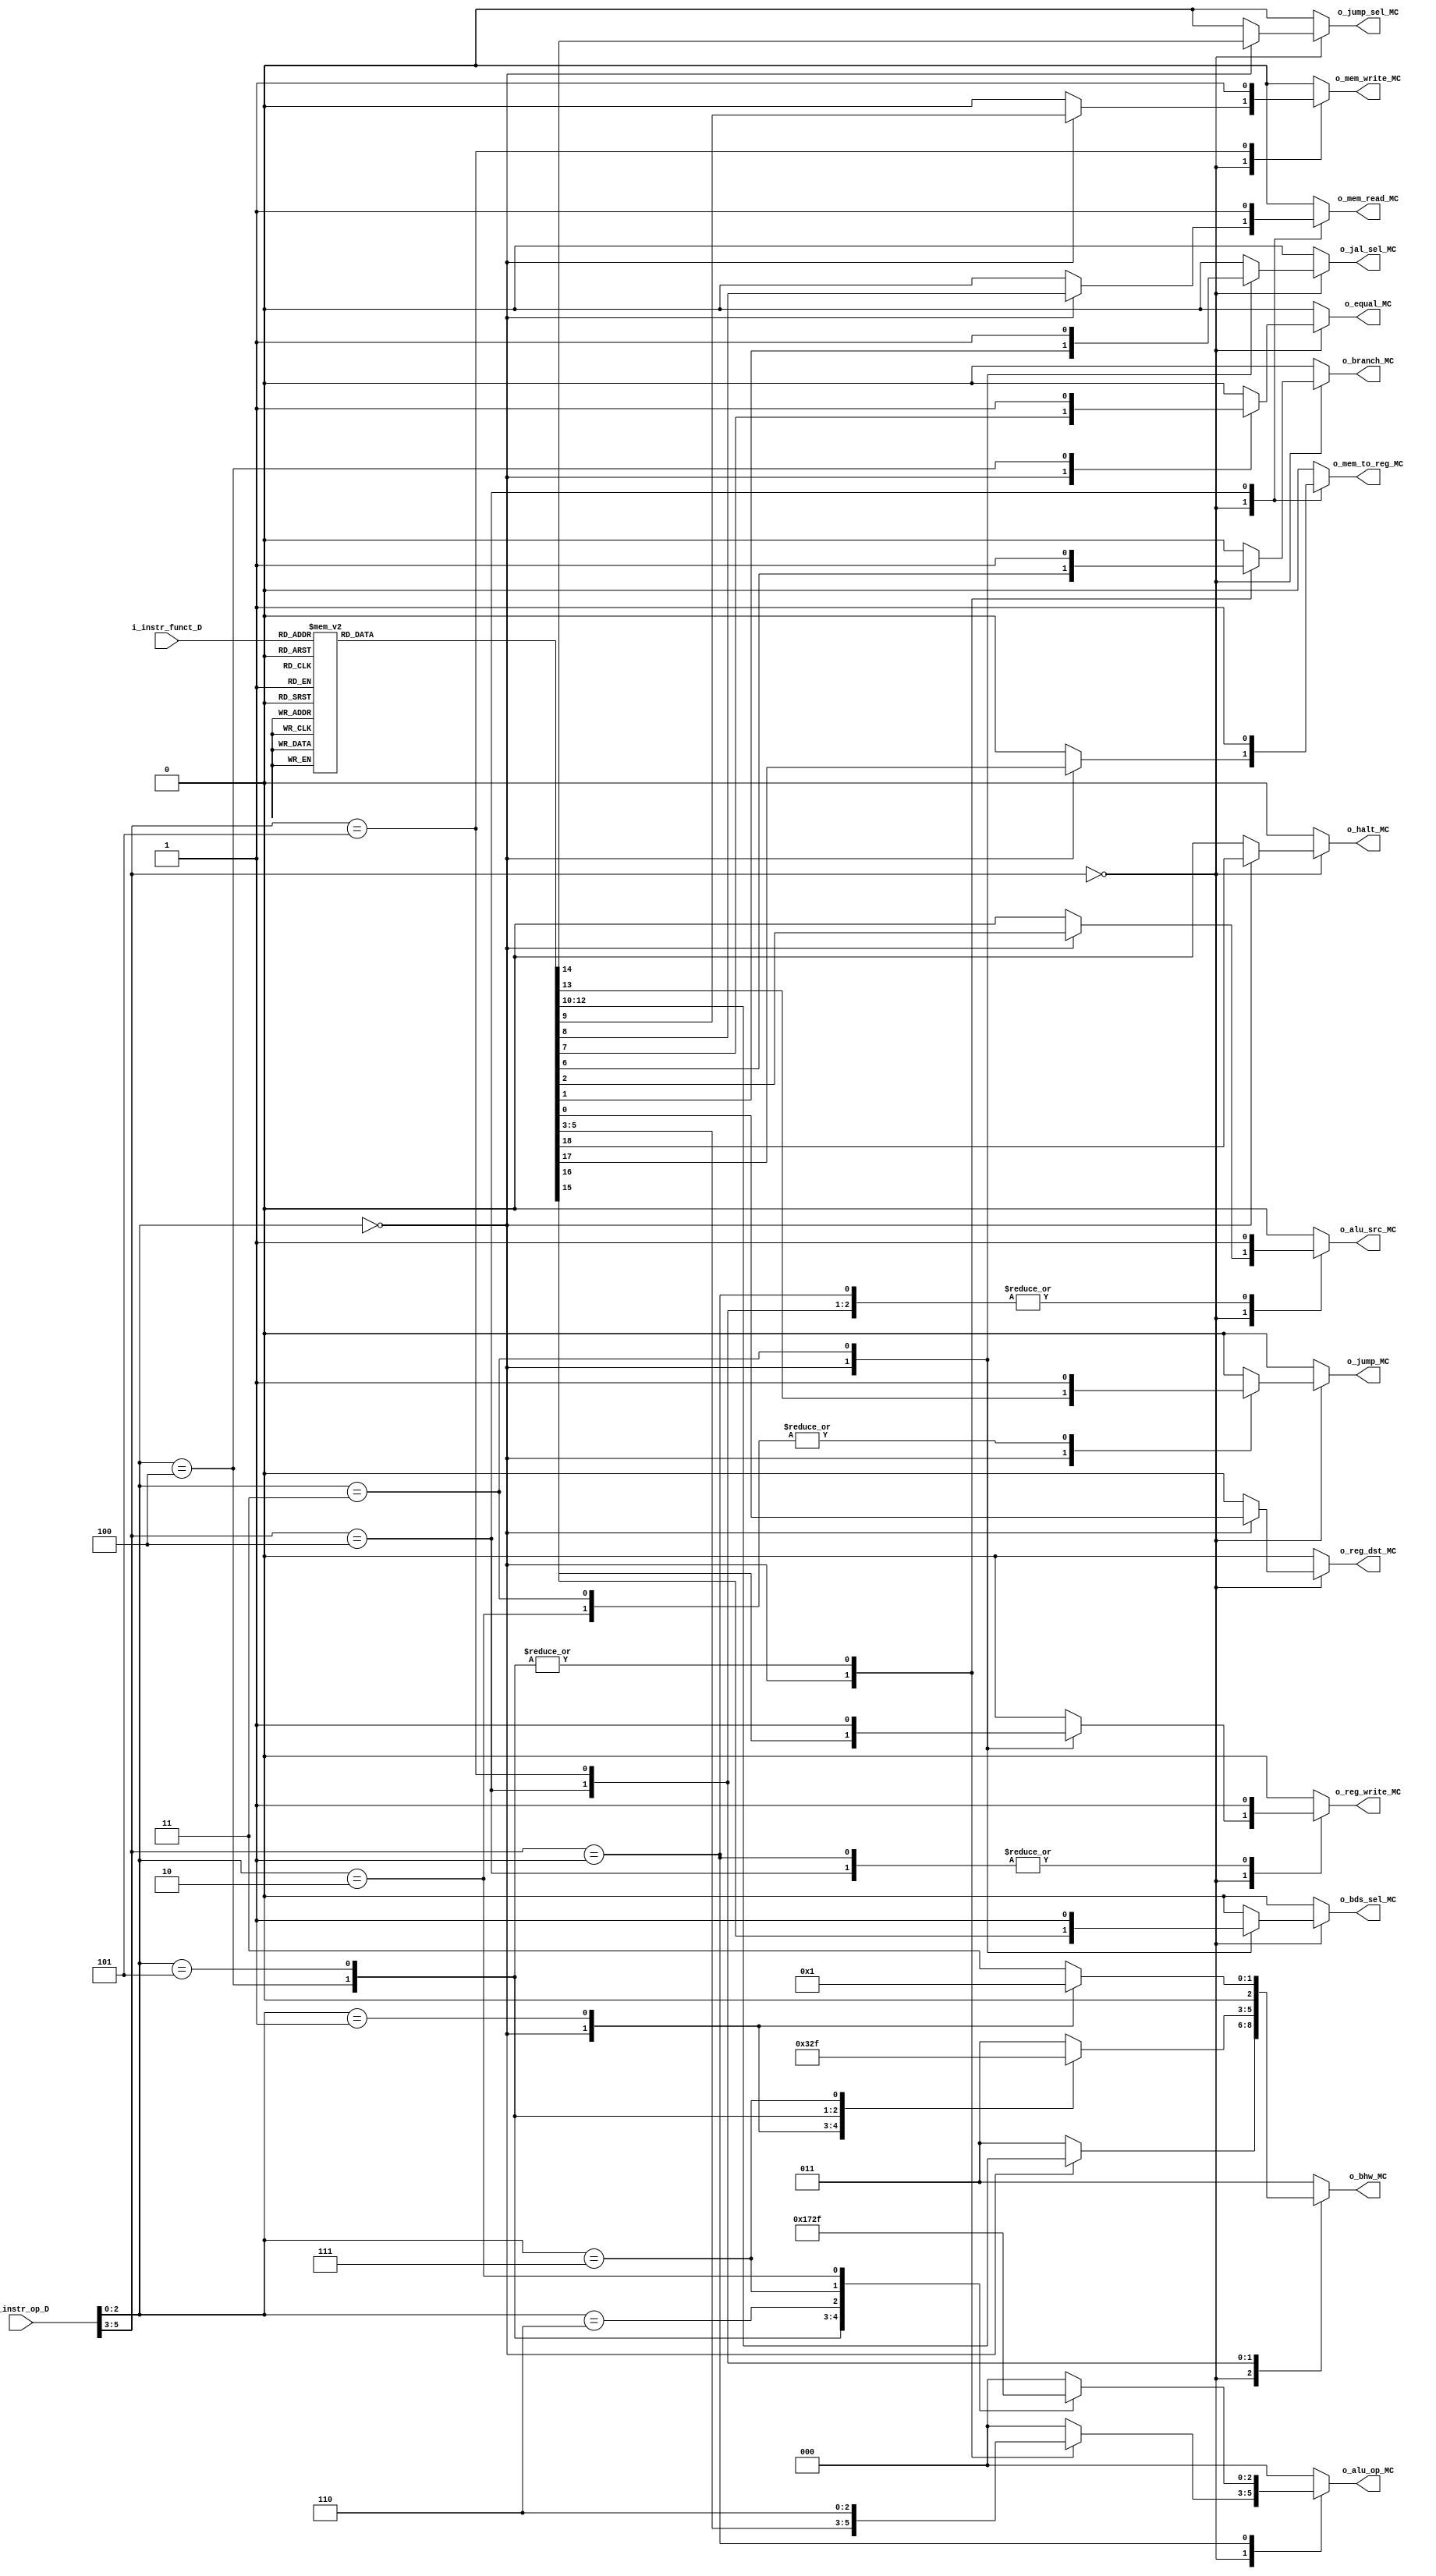
/**

**/

module MainControlUnit
    #(
        // Parameters
        parameter OPCODE_SZ     =   6,
        parameter FUNCT_SZ      =   6
    )
    (
        // Inputs
        input [OPCODE_SZ-1 : 0]         i_instr_op_D,               // Instruction Op Code -> inst[31:26]
        input [FUNCT_SZ-1 : 0]          i_instr_funct_D,            // Instruction Function -> inst[5:0]
        // Output
        output [2 : 0]                  o_alu_op_MC,                // ALUOp Control Line
        output                          o_reg_dst_MC,               // RegDst Control Line
        output                          o_jal_sel_MC,               // JALSel Control Line
        output                          o_alu_src_MC,               // ALUSrc Control Line
        output                          o_branch_MC,                // Branch Control Line
        output                          o_equal_MC,                 // Equal Control Line
        output                          o_mem_read_MC,              // MemRead Control Line
        output                          o_mem_write_MC,             // MemWrite Control Line
        output [2 : 0]                  o_bhw_MC,                   // Memory Size Control Line
        output                          o_jump_MC,                  // Jump Control Line
        output                          o_jump_sel_MC,              // JumpSel Control Line
        output                          o_reg_write_MC,             // RegWrite Control Line
        output                          o_bds_sel_MC,               // BDSSel Control Line
        output                          o_mem_to_reg_MC,            // MemToReg Control Line
        output                          o_halt_MC                   // Halt Control Line
    );

    //! Local Parameters
    // OpCodes
    localparam SPECIAL  =       3'b000;         // SPECIAL OpCode:
    localparam BEQ      =       3'b100;         //      BEQ OpCode (000100)
    localparam BNE      =       3'b101;         //      BNE Opcode (000101)
    localparam J        =       3'b010;         //      J OpCode (000010)
    localparam JAL      =       3'b011;         //      JAL OpCode (000011)
    localparam R_TYPE   =       3'b000;         //      R-Type OpCode (000000)
    localparam LOAD     =       3'b100;         // Load Operations
    localparam STORE    =       3'b101;         // Store Operations
    localparam IMM      =       3'b001;         // Immediate Operations:
    localparam ADDI     =       3'b000;         //      Add Immediate
    localparam ANDI     =       3'b100;         //      AND Immediate
    localparam ORI      =       3'b101;         //      OR Immediate
    localparam XORI     =       3'b110;         //      XOR Immediate
    localparam LUI      =       3'b111;         //      Load Upper Immediate
    localparam SLTI     =       3'b010;         //      SLT Immediate

    // BHW Load-Store
    localparam BYTE       =       3'b000;         // Load-Store Byte
    localparam HALFWORD   =       3'b001;         // Load-Store HalfWord
    localparam WORD       =       3'b011;         // Load-Store Word
    localparam U_BYTE     =       3'b100;         // Load-Store Byte Unsigned
    localparam U_HALFWORD =       3'b101;         // Load-Store HalfWord Unsigned
    localparam U_WORD     =       3'b111;         // Load-Store Word Unsigned

    // ALU Operations Function Fields
    localparam ADDU =           6'b100001;      // Add Word Unsigned 
    localparam SUBU =           6'b100011;      // Subtract Word Unsigned
    localparam AND  =           6'b100100;      // Logical bitwise AND 
    localparam OR   =           6'b100101;      // Logical bitwise OR
    localparam XOR  =           6'b100110;      // Logical bitwise XOR
    localparam NOR  =           6'b100111;      // Logical bitwise NOR
    localparam SLT  =           6'b101010;      // Set on Less Than

    localparam SRA  =           6'b000011;      // Shift Word Right Arithmetic
    localparam SRL  =           6'b000010;      // Shift Word Right Logic
    localparam SLL  =           6'b000000;      // Shift Word Left Logic

    localparam SLLV =           6'b000100;      // Shift Word Left Logic Variable
    localparam SRLV =           6'b000110;      // Shift Word Right Logic Variable
    localparam SRAV =           6'b000111;      // Shift Word Right Arithmetic Variable

    localparam JR       =       6'b001000;      // Jump Register
    localparam JALR     =       6'b001001;      // Jump and Link Register

    localparam HALT     =       6'b111111;           // HALT Instruction

    //! Signal Declaration
    reg [2:0] alu_op;
    reg reg_dst;
    reg jal_sel;
    reg alu_src;
    reg branch;
    reg equal;
    reg mem_read;
    reg mem_write;
    reg [2:0] bhw;
    reg jump;
    reg jump_sel;
    reg reg_write;
    reg bds_sel;
    reg mem_to_reg;
    reg halt;

    // Body
    always @(*) 
    begin
        case(i_instr_op_D[5:3]) // bits 3 a 5
            SPECIAL: 
            begin
                case(i_instr_op_D[2:0])  // bits 0 a 3
                    R_TYPE: 
                    begin
                        case(i_instr_funct_D) // Function Field
                            ADDU, SUBU, AND, OR, XOR, NOR, SLT: // 3-Operand ALU Instructions
                            begin
                                reg_dst     =   1'b1;   
                                jal_sel     =   1'b0;
                                alu_src     =   1'b0;
                                alu_op      =   3'b010;
                                branch      =   1'b0;
                                equal       =   1'b0; // X
                                mem_read    =   1'b0;
                                mem_write   =   1'b0;
                                bhw         =   3'b011;
                                jump        =   1'b0;
                                jump_sel    =   1'b0; // X
                                reg_write   =   1'b1;
                                bds_sel     =   1'b0;
                                mem_to_reg  =   1'b0;
                                halt        =   1'b0;
                            end
                            SRA, SRL, SLL:      // Shift Instructions
                            begin
                                reg_dst     =   1'b1;   
                                jal_sel     =   1'b0;
                                alu_src     =   1'b0;
                                alu_op      =   3'b010;
                                branch      =   1'b0;
                                equal       =   1'b0; // X
                                mem_read    =   1'b0;
                                mem_write   =   1'b0;
                                bhw         =   3'b011;
                                jump        =   1'b0;
                                jump_sel    =   1'b0; // X
                                reg_write   =   1'b1;
                                bds_sel     =   1'b0;
                                mem_to_reg  =   1'b0;
                                halt        =   1'b0;

                            end
                            SRAV, SRLV, SLLV:   // Shift Variable Instructions
                            begin //TODO Agregar MPX en outputs, regs, aca y en los otros shift
                                reg_dst     =   1'b1;   
                                jal_sel     =   1'b0;
                                alu_src     =   1'b0;
                                alu_op      =   3'b010;
                                branch      =   1'b0;
                                equal       =   1'b0; // X
                                mem_read    =   1'b0;
                                mem_write   =   1'b0;
                                bhw         =   3'b011;
                                jump        =   1'b0;
                                jump_sel    =   1'b0; // X
                                reg_write   =   1'b1;
                                bds_sel     =   1'b0;
                                mem_to_reg  =   1'b0;
                                halt        =   1'b0;
                            end
                            JR:                 // Jump Register Instruction
                            begin
                                reg_dst     =   1'b0; // X
                                jal_sel     =   1'b0; // X
                                alu_src     =   1'b0; // X
                                alu_op      =   3'b000; // X
                                branch      =   1'b0; // X
                                equal       =   1'b0; // X
                                mem_read    =   1'b0; // X
                                mem_write   =   1'b0; // X
                                bhw         =   3'b011;
                                jump        =   1'b0; // X
                                jump_sel    =   1'b1;
                                reg_write   =   1'b0; // X
                                bds_sel     =   1'b0;
                                mem_to_reg  =   1'b0; // X
                                halt        =   1'b0;
                            end
                            JALR:               // Jump and Link Register Instruction
                            begin
                                reg_dst     =   1'b1;   
                                jal_sel     =   1'b0;
                                alu_src     =   1'b0;
                                alu_op      =   3'b000;
                                branch      =   1'b0;
                                equal       =   1'b0;
                                mem_read    =   1'b0;
                                mem_write   =   1'b0;
                                bhw         =   3'b011;
                                jump        =   1'b0;
                                jump_sel    =   1'b1;
                                reg_write   =   1'b1;
                                bds_sel     =   1'b1;
                                mem_to_reg  =   1'b0;
                                halt        =   1'b0;
                            end
                            HALT:
                            begin
                                reg_dst     =   1'b0; // X   
                                jal_sel     =   1'b0; // X
                                alu_src     =   1'b0; // X
                                alu_op      =   3'b000; // X
                                branch      =   1'b0; // X
                                equal       =   1'b0; // X
                                mem_read    =   1'b0; // X
                                mem_write   =   1'b0; // X
                                bhw         =   3'b011;
                                jump        =   1'b0; // X
                                jump_sel    =   1'b0; // X
                                reg_write   =   1'b0; // X
                                bds_sel     =   1'b0; // X
                                mem_to_reg  =   1'b0; // X
                                halt        =   1'b1;
                            end
                            default:
                            begin
                                reg_dst     =   1'b0;
                                jal_sel     =   1'b0;
                                alu_src     =   1'b0;
                                alu_op      =   3'b000;
                                branch      =   1'b0;
                                equal       =   1'b0;
                                mem_read    =   1'b0;
                                mem_write   =   1'b0;
                                bhw         =   3'b011;
                                jump        =   1'b0;
                                jump_sel    =   1'b0;
                                reg_write   =   1'b0;
                                bds_sel     =   1'b0;
                                mem_to_reg  =   1'b0;
                                halt        =   1'b0;
                            end
                        endcase
                    end
                    BEQ:                // Branch if Equal Instruction
                    begin
                        reg_dst     =   1'b0; //X   
                        jal_sel     =   1'b0;
                        alu_src     =   1'b0;
                        alu_op      =   3'b110;
                        branch      =   1'b1;
                        equal       =   1'b1;
                        mem_read    =   1'b0;
                        mem_write   =   1'b0;
                        bhw         =   3'b011;
                        jump        =   1'b0;
                        jump_sel    =   1'b0; //X
                        reg_write   =   1'b0;
                        bds_sel     =   1'b0;
                        mem_to_reg  =   1'b0; //X
                        halt        =   1'b0;
                    end
                    BNE:                // Branch if Not Equal Instruction
                    begin
                        reg_dst     =   1'b0; //X   
                        jal_sel     =   1'b0;
                        alu_src     =   1'b0;
                        alu_op      =   3'b110;
                        branch      =   1'b1;
                        equal       =   1'b0;
                        mem_read    =   1'b0;
                        mem_write   =   1'b0;
                        bhw         =   3'b011;
                        jump        =   1'b0;
                        jump_sel    =   1'b0; //X
                        reg_write   =   1'b0;
                        bds_sel     =   1'b0;
                        mem_to_reg  =   1'b0; //X
                        halt        =   1'b0;
                    end
                    J:                  // Jump Instruction
                    begin
                        reg_dst     =   1'b0; //X   
                        jal_sel     =   1'b0; //X
                        alu_src     =   1'b0; //X
                        alu_op      =   3'b000; //X
                        branch      =   1'b0; //X
                        equal       =   1'b0; //X
                        mem_read    =   1'b0; //X
                        mem_write   =   1'b0; //X
                        bhw         =   3'b011;
                        jump        =   1'b1;
                        jump_sel    =   1'b0;
                        reg_write   =   1'b0; //X
                        bds_sel     =   1'b0;
                        mem_to_reg  =   1'b0; //X
                        halt        =   1'b0;
                    end
                    JAL:                // Jump and Link Instruction
                    begin
                        reg_dst     =   1'b0; //X   
                        jal_sel     =   1'b1;
                        alu_src     =   1'b0; //X
                        alu_op      =   3'b000; //X
                        branch      =   1'b0; //X
                        equal       =   1'b0; //X
                        mem_read    =   1'b0; //X
                        mem_write   =   1'b0; //X
                        bhw         =   3'b011;
                        jump        =   1'b1;
                        jump_sel    =   1'b0;
                        reg_write   =   1'b1; //X
                        bds_sel     =   1'b1;
                        mem_to_reg  =   1'b0; //X
                        halt        =   1'b0;
                    end
                    default:
                    begin
                        reg_dst     =   1'b0;
                        jal_sel     =   1'b0;
                        alu_src     =   1'b0;
                        alu_op      =   3'b000;
                        branch      =   1'b0;
                        equal       =   1'b0;
                        mem_read    =   1'b0;
                        mem_write   =   1'b0;
                        bhw         =   3'b011;
                        jump        =   1'b0;
                        jump_sel    =   1'b0;
                        reg_write   =   1'b0;
                        bds_sel     =   1'b0;
                        mem_to_reg  =   1'b0;
                        halt        =   1'b0;
                    end
                endcase
            end
            LOAD:               // Load Instructions            
            begin
                reg_dst     =   1'b0;   
                jal_sel     =   1'b0;
                alu_src     =   1'b1;
                alu_op      =   3'b000;
                branch      =   1'b0;
                equal       =   1'b0; //X
                mem_read    =   1'b1;
                mem_write   =   1'b0;
                jump        =   1'b0;
                jump_sel    =   1'b0; //X
                reg_write   =   1'b1;
                bds_sel     =   1'b0;
                mem_to_reg  =   1'b1;        
                halt        =   1'b0; 
                case (i_instr_op_D[2:0]) // Bits 3 a 0
                    BYTE:
                    begin
                        bhw         =   3'b000;
                    end
                    HALFWORD:
                    begin
                        bhw         =   3'b001;
                    end
                    WORD:
                    begin
                        bhw         =   3'b011;
                    end 
                    U_BYTE:
                    begin
                        bhw         =   3'b100;
                    end
                    U_HALFWORD:
                    begin
                        bhw         =   3'b101;
                    end
                    U_WORD:
                    begin
                        bhw         =   3'b111;
                    end 
                    default:
                    begin
                        bhw         =   3'b011;
                    end 
                endcase   
            end
            STORE:              // Store Instructions
            begin
                reg_dst     =   1'b0;   
                jal_sel     =   1'b0;
                alu_src     =   1'b1;
                alu_op      =   3'b000;
                branch      =   1'b0;
                equal       =   1'b0; //X
                mem_read    =   1'b0;
                mem_write   =   1'b1;
                jump        =   1'b0;
                jump_sel    =   1'b0; //X
                reg_write   =   1'b0;
                bds_sel     =   1'b0;
                mem_to_reg  =   1'b0;        
                halt        =   1'b0;
                case (i_instr_op_D[2:0]) // Bits 3 a 0
                    BYTE:
                    begin
                        bhw         =   3'b000;
                    end
                    HALFWORD:
                    begin
                        bhw         =   3'b001;
                    end
                    WORD:
                    begin
                        bhw         =   3'b011;
                    end
                    default:
                    begin
                        bhw         =   3'b011;
                    end 
                endcase    
            end
            IMM:                // Immediate Instruction
            begin
                reg_dst     =   1'b0;   
                jal_sel     =   1'b0;
                alu_src     =   1'b1;
                branch      =   1'b0;
                equal       =   1'b0; //X
                mem_read    =   1'b0;
                mem_write   =   1'b0;
                bhw         =   3'b011;
                jump        =   1'b0;
                jump_sel    =   1'b0; //X
                reg_write   =   1'b1;
                bds_sel     =   1'b0;
                mem_to_reg  =   1'b0;
                halt        =   1'b0;
                case(i_instr_op_D[2:0])
                    ADDI:
                    begin
                        alu_op      =   3'b000;
                    end
                    ANDI:
                    begin
                        alu_op      =   3'b001;
                    end
                    ORI:
                    begin
                        alu_op      =   3'b011;
                    end
                    XORI:
                    begin
                        alu_op      =   3'b100;
                    end
                    LUI:
                    begin
                        alu_op      =   3'b101; 
                    end
                    SLTI:
                    begin
                        alu_op      =   3'b111;
                    end
                    default:
                    begin
                        alu_op      =   3'b000;
                    end
                endcase            
            end
            default:            // Default Op
            begin   
                reg_dst     =   1'b0;
                jal_sel     =   1'b0;
                alu_src     =   1'b0;
                alu_op      =   3'b000;
                branch      =   1'b0;
                equal       =   1'b0;
                mem_read    =   1'b0;
                mem_write   =   1'b0;
                bhw         =   3'b011;
                jump        =   1'b0;
                jump_sel    =   1'b0;
                reg_write   =   1'b0;
                bds_sel     =   1'b0;
                mem_to_reg  =   1'b0;
                halt        =   1'b0;
            end
        endcase    
    end

    //! Assignments
    assign o_alu_op_MC      = alu_op;     
    assign o_reg_dst_MC     = reg_dst;
    assign o_jal_sel_MC     = jal_sel;
    assign o_alu_src_MC     = alu_src;
    assign o_branch_MC      = branch;
    assign o_equal_MC       = equal;
    assign o_mem_read_MC    = mem_read;
    assign o_mem_write_MC   = mem_write;
    assign o_bhw_MC         = bhw;
    assign o_jump_MC        = jump;
    assign o_jump_sel_MC    = jump_sel;
    assign o_reg_write_MC   = reg_write;
    assign o_bds_sel_MC     = bds_sel;
    assign o_mem_to_reg_MC  = mem_to_reg; 
    assign o_halt_MC        = halt;

endmodule